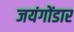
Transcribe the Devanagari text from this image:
जयंगोंडार